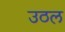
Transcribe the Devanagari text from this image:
उठल